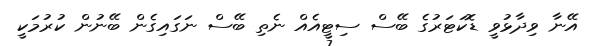
އޭނާ ވިދާޅުވީ ޑޮކަޓަރުގެ ބޭސް ސިޓީއެއް ނެތި ބޭސް ނަގައިގެން ބޭނުން ކުރުމަކީ